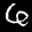
Label: 6